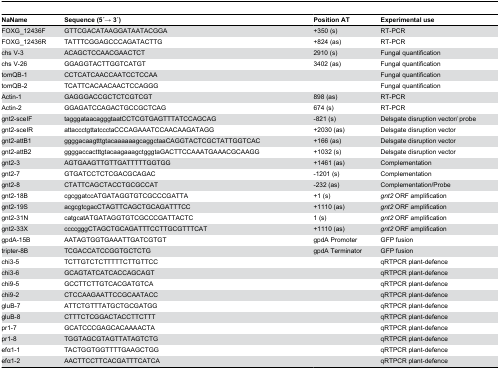
<table><thead><tr><td><b>NaName</b></td><td><b>Sequence (5 ́→ 3 ́)</b></td><td><b>Position AT</b></td><td><b>Experimental use</b></td></tr></thead><tbody><tr><td>FOXG_12436F</td><td>GTTCGACATAAGGATAATACGGA</td><td>+350 (s)</td><td>RT-PCR </td></tr><tr><td>FOXG_12436R</td><td>TATTTCGGAGCCCAGATACTTG</td><td>+824 (as)</td><td>RT-PCR</td></tr><tr><td>chs V-3</td><td>ACAGCTCCAACGAACTCT</td><td>2910 (s)</td><td>Fungal quantification</td></tr><tr><td>chs V-26</td><td>GGAGGTACTTGGTCATGT</td><td>3402 (as)</td><td>Fungal quantification</td></tr><tr><td>tomQB-1</td><td>CCTCATCAACCAATCCTCCAA</td><td></td><td>Fungal quantification</td></tr><tr><td>tomQB-2</td><td>TCATTCACAACAACTCCAGGG</td><td></td><td>Fungal quantification</td></tr><tr><td>Actin-1</td><td>GAGGGACCGCTCTCGTCGT</td><td>898 (as)</td><td>RT-PCR</td></tr><tr><td>Actin-2</td><td>GGAGATCCAGACTGCCGCTCAG</td><td>674 (s)</td><td>RT-PCR</td></tr><tr><td>gnt2-sceIF</td><td>tagggataacagggtaatCCTCGTGAGTTTATCCAGCAG</td><td>-821 (s)</td><td>Delsgate disruption vector/ probe</td></tr><tr><td>gnt2-sceIR</td><td>attaccctgttatccctaCCCAGAAATCCAACAAGATAGG</td><td>+2030 (as)</td><td>Delsgate disruption vector</td></tr><tr><td>gnt2-attB1</td><td>ggggacaagtttgtacaaaaaagcaggctaaCAGGTACTCGCTATTGGTCAC</td><td>+166 (as)</td><td>Delsgate disruption vector</td></tr><tr><td>gnt2-attB2</td><td>ggggaccactttgtacaagaaagctgggtaGACTTCCAAATGAAACGCAAGG</td><td>+1032 (s)</td><td>Delsgate disruption vector</td></tr><tr><td>gnt2-3</td><td>AGTGAAGTTGTTGATTTTTGGTGG</td><td>+1461 (as)</td><td>Complementation </td></tr><tr><td>gnt2-7</td><td>GTGATCCTCTCGACGCAGAC</td><td>-1201 (s)</td><td>Complementation </td></tr><tr><td>gnt2-8</td><td>CTATTCAGCTACCTGCGCCAT</td><td>-232 (as)</td><td>Complementation/Probe</td></tr><tr><td>gnt2-18B</td><td>cgcggatccATGATAGGTGTCGCCCGATTA</td><td>+1 (s)</td><td><i>gnt2</i> ORF amplification</td></tr><tr><td>gnt2-19S </td><td>acgcgtcgacCTAGTTCAGCTGCAGATTTCC</td><td>+1110 (as)</td><td><i>gnt2</i> ORF amplification</td></tr><tr><td>gnt2-31N</td><td>catgcatATGATAGGTGTCGCCCGATTACTC</td><td>1 (s)</td><td><i>gnt2</i> ORF amplification</td></tr><tr><td>gnt2-33X</td><td>ccccgggCTAGCTGCAGATTTCCTTGCGTTTCAT</td><td>+1110 (as)</td><td><i>gnt2</i> ORF amplification</td></tr><tr><td>gpdA-15B</td><td>AATAGTGGTGAAATTGATCGTGT</td><td>gpdA Promoter</td><td>GFP fusion</td></tr><tr><td>tripter-8B</td><td>TCGACCATCCGGTGCTCTG</td><td>gpdA Terminator</td><td>GFP fusion</td></tr><tr><td>chi3-5</td><td>TCTTGTCTCTTTTTCTTGTTCC</td><td></td><td>qRTPCR plant-defence</td></tr><tr><td>chi3-6</td><td>GCAGTATCATCACCAGCAGT</td><td></td><td>qRTPCR plant-defence</td></tr><tr><td>chi9-5</td><td>GCCTTCTTGTCACGATGTCA</td><td></td><td>qRTPCR plant-defence</td></tr><tr><td>chi9-2</td><td>CTCCAAGAATTCCGCAATACC</td><td></td><td>qRTPCR plant-defence</td></tr><tr><td>gluB-7</td><td>ATTCTGTTTATGCTGCGATGG</td><td></td><td>qRTPCR plant-defence</td></tr><tr><td>gluB-8</td><td>CTTTCTCGGACTACCTTCTTT</td><td></td><td>qRTPCR plant-defence</td></tr><tr><td>pr1-7</td><td>GCATCCCGAGCACAAAACTA</td><td></td><td>qRTPCR plant-defence</td></tr><tr><td>pr1-8</td><td>TGGTAGCGTAGTTATAGTCTG</td><td></td><td>qRTPCR plant-defence</td></tr><tr><td>efα1-1</td><td>TACTGGTGGTTTTGAAGCTGG</td><td></td><td>qRTPCR plant-defence</td></tr><tr><td>efα1-2</td><td>AACTTCCTTCACGATTTCATCA</td><td></td><td>qRTPCR plant-defence</td></tr></tbody></table>